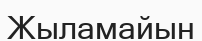
Жыламайын